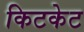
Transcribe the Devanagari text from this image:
किटकेट